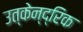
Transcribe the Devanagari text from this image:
उत्केन्द्रिक